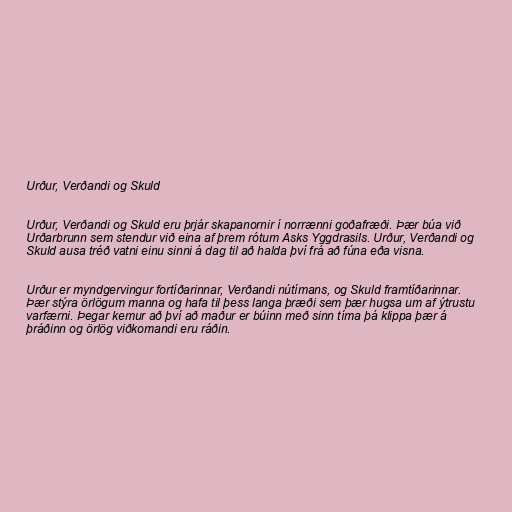
Urður, Verðandi og Skuld

Urður, Verðandi og Skuld eru þrjár skapanornir í norrænni goðafræði. Þær búa við
Urðarbrunn sem stendur við eina af þrem rótum Asks Yggdrasils. Urður, Verðandi og
Skuld ausa tréð vatni einu sinni á dag til að halda því frá að fúna eða visna.

Urður er myndgervingur fortíðarinnar, Verðandi nútímans, og Skuld framtíðarinnar.
Þær stýra örlögum manna og hafa til þess langa þræði sem þær hugsa um af ýtrustu
varfærni. Þegar kemur að því að maður er búinn með sinn tíma þá klippa þær á
þráðinn og örlög viðkomandi eru ráðin.